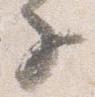
子